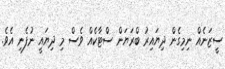
ސީޒަނެއް ނިމިގެން ދިޔައިރު ބްރަޔަން ސްޓާކެއް ވެސް މި ދިޔައީ ނުފެނި އެވެ.